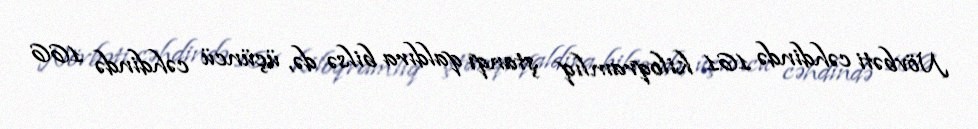
Növbəti cəhdində 161 kiloqramlıq ştanqı qaldıra bilsə də, üçüncü cəhdində 166